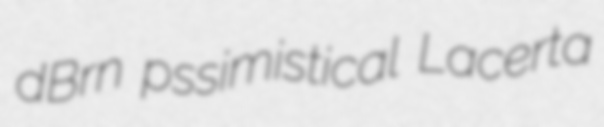
dBrn pssimistical Lacerta